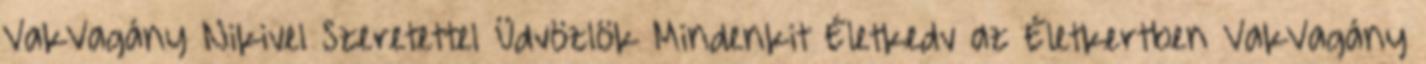
VakVagány Nikivel Szeretettel Üdvözlök Mindenkit Életkedv az Életkertben VakVagány